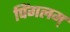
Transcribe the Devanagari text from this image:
पिंगलम्